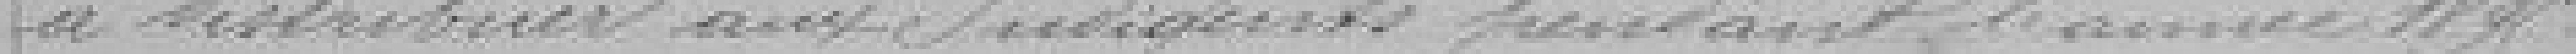
à distribuer aux indigents pendant l'année 1895